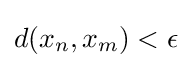
d(x_{n},x_{m})<\epsilon